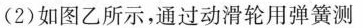
(2)如图乙所示，通过动滑轮用弹簧测